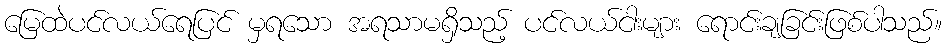
မြေထဲပင်လယ်ရေပြင် မှရသော အရသာမရှိသည့် ပင်လယ်ငါးများ ရောင်းချခြင်းဖြစ်ပါသည်။